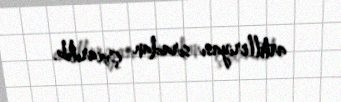
artilleriyası sıradan çıxarılıb.